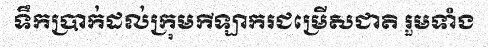
ទឹកប្រាក់ដល់ក្រុមកីឡាករជម្រើសជាតិ រួមទាំង